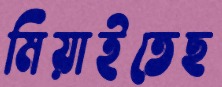
মিয়াইতেছ